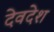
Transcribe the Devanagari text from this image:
देवदेश